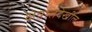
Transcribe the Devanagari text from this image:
क्षेत्रातदेखील